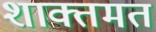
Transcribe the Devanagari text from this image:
शाक्तमत